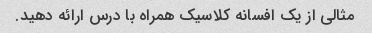
مثالی از یک افسانه کلاسیک همراه با درس ارائه دهید.